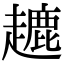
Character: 𧽥